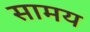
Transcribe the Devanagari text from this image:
सामय